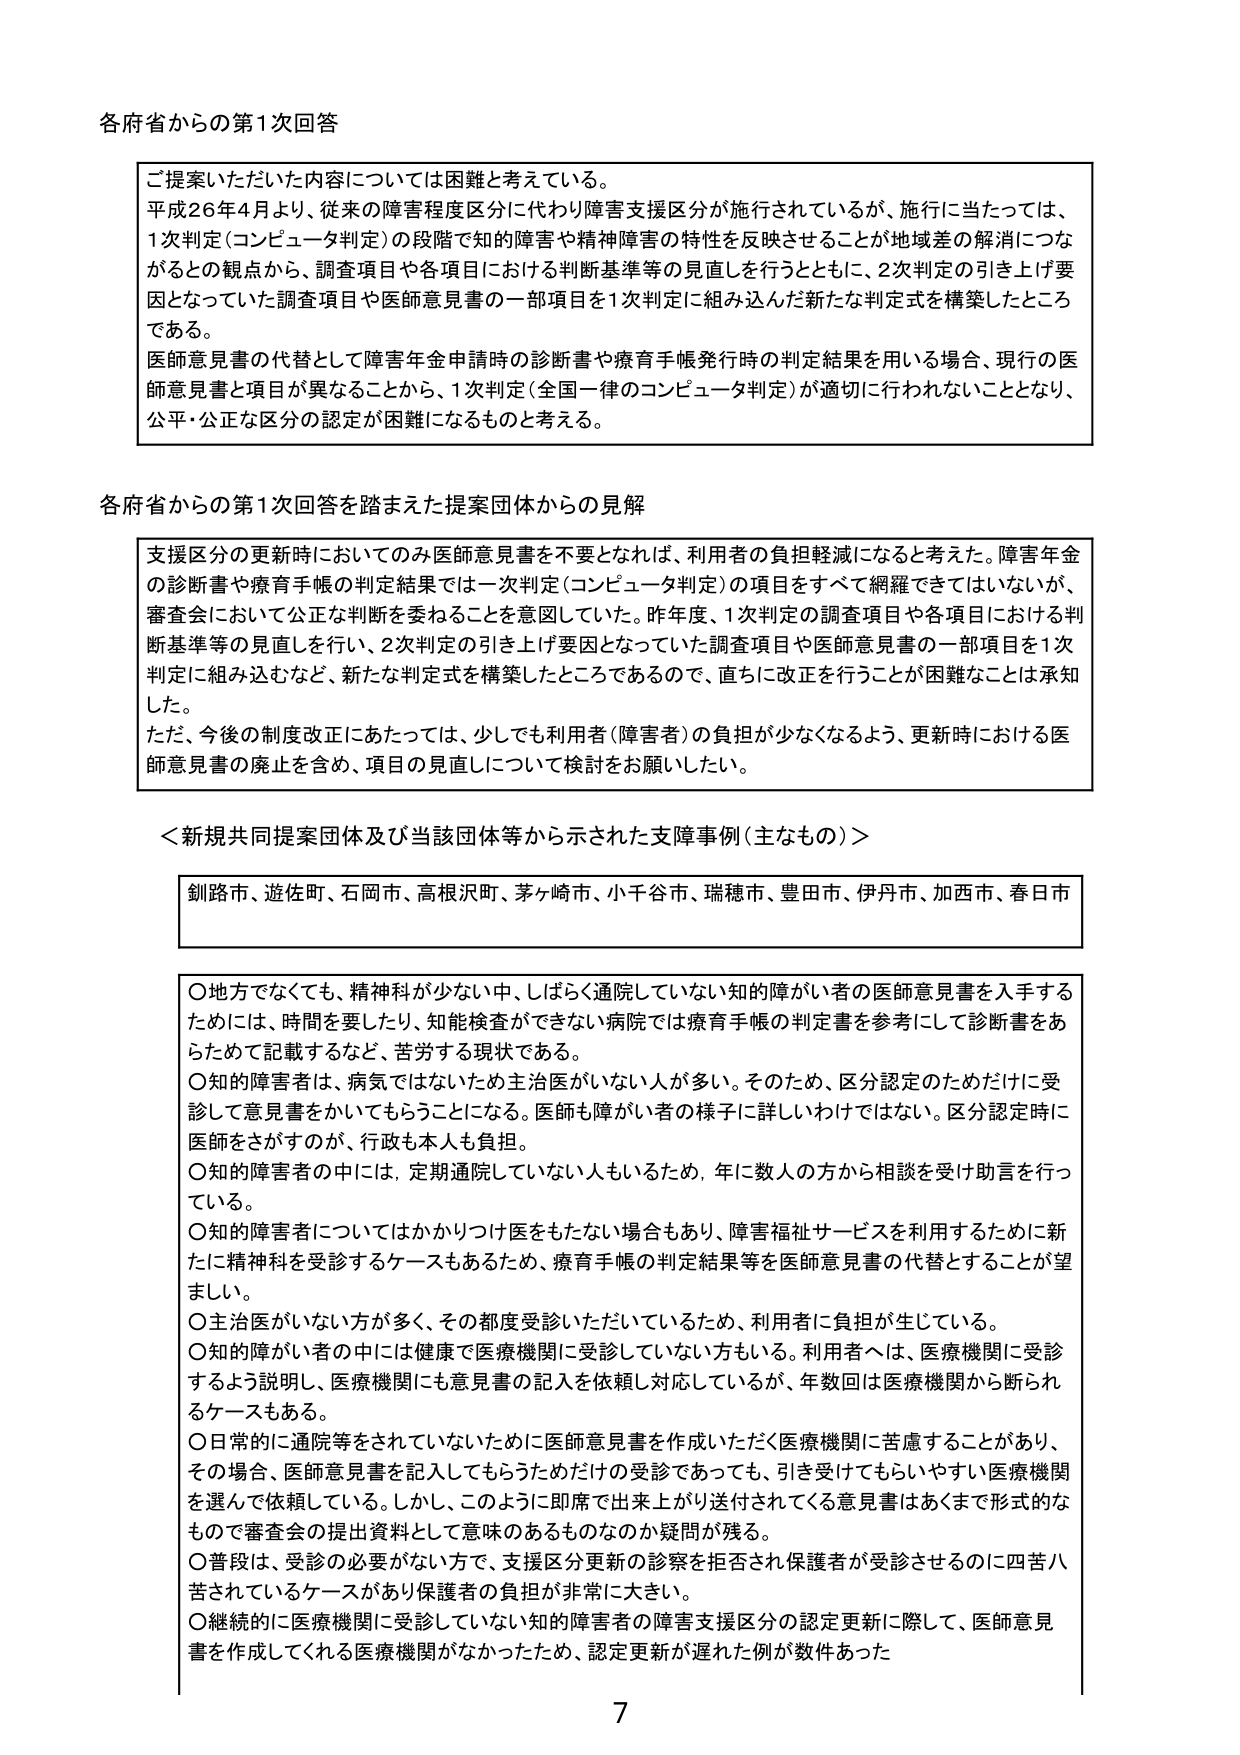
各府省からの第1次回答

ご提案いただいた内容については困難と考えている。
平成26年4月より、従来の障害程度区分に代わり障害支援区分が施行されているが、施行に当たっては、
1次判定（コンピュータ判定）の段階で知的障害や精神障害の特性を反映させることが地域差の解消につな
がるとの観点から、調査項目や各項目における判断基準等の見直しを行うとともに、2次判定の引き上げ要
因となっていた調査項目や医師意見書の一部項目を1次判定に組み込んだ新たな判定式を構築したところ
である。
医師意見書の代替として障害年金申請時の診断書や療育手帳発行時の判定結果を用いる場合、現行の医
師意見書と項目が異なることから、1次判定（全国一律のコンピュータ判定）が適切に行われないこととなり、
公平・公正な区分の認定が困難になるものと考える。

各府省からの第1次回答を踏まえた提案団体からの見解

支援区分の更新時においてのみ医師意見書を不要となれば、利用者の負担軽減になると考えた。障害年金
の診断書や療育手帳の判定結果では一次判定（コンピュータ判定）の項目をすべて網羅できではないが、
審査会において公正な判断を委ねることを意図していた。昨年度、1次判定の調査項目や各項目における判
断基準等の見直しを行い、2次判定の引き上げ要因となっていた調査項目や医師意見書の一部項目を1次
判定に組み込むなど、新たな判定式を構築したところであるので、直ちに改正を行うことが困難なことは承知
した。
ただ、今後の制度改正にあたっては、少しでも利用者（障害者）の負担が少なくなるよう、更新時における医
師意見書の廃止を含め、項目の見直しについて検討をお願いしたい。

＜新規共同提案団体及び当該団体等から示された支障事例（主なもの）＞

釧路市、遊佐町、石岡市、高根沢町、茅ヶ崎市、小千谷市、瑞穂市、豊田市、伊丹市、加西市、春日市

○地方でなくても、精神科が少ない中、しばらく通院していない知的障がい者の医師意見書を入手する
ためには、時間を要したり、知能検査ができない病院では療育手帳の判定書を参考にして診断書をあ
らためて記載するなど、苦労する現状である。
○知的障害者は、病気ではないため主治医がいない人が多い。そのため、区分認定のためだけに受
診して意見書をかいてもらうことになる。医師も障がい者の様子に詳しいわけではない。区分認定時に
医師をさがすのが、行政も本人も負担。
○知的障害者の中には、定期通院していない人もいるため、年に数人の方から相談を受け助言を行っ
ている。
○知的障害者についてはかかりつけ医をもたない場合もあり、障害福祉サービスを利用するために新
たに精神科を受診するケースもあるため、療育手帳の判定結果等を医師意見書の代替とすることが望
ましい。
○主治医がいない方が多く、その都度受診いただいていているため、利用者に負担が生じている。
○知的障がい者の中には健康で医療機関に受診していない方もいる。利用者へは、医療機関に受診
するよう説明し、医療機関にも意見書の記入を依頼し対応しているが、年数回は医療機関から断られ
るケースもある。
○日常的に通院等をされていないために医師意見書を作成いただく医療機関に苦慮することがあり、
その場合、医師意見書を記入してもらうためだけの受診であっても、引き受けてもらいやすい医療機関
を選んで依頼している。しかし、このように即席で出来上がり送付されてくる意見書はあくまで形式的な
もので審査会の提出資料として意味のあるものなのか疑問が残る。
○普段は、受診の必要がない方で、支援区分更新の診察を拒否され保護者が受診させるのに四苦八
苦されているケースがあり保護者の負担が非常に大きい。
○継続的に医療機関に受診していない知的障害者の障害支援区分の認定更新に際して、医師意見
書を作成してくれる医療機関がなかったため、認定更新が遅れた例が数件あった

7